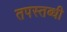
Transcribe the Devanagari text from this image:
तपस्तब्धी